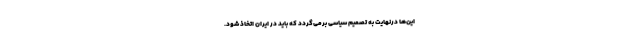
این‌ها درنهایت به تصمیم سیاسی برمی‌گردد که باید در ایران اتخاذ شود.